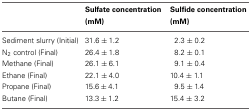
|  | Sulfate concentration (mM) | Sulfide concentration (mM) |
 | --- | --- | --- |
 | Sediment slurry (Initial) | 31.6 ± 1.2 | 2.3 ± 0.2 |
 | N2 control (Final) | 26.4 ± 1.8 | 8.2 ± 0.1 |
 | Methane (Final) | 26.1 ± 6.1 | 9.1 ± 0.4 |
 | Ethane (Final) | 22.1 ± 4.0 | 10.4 ± 1.1 |
 | Propane (Final) | 15.6 ± 4.1 | 9.5 ± 1.4 |
 | Butane (Final) | 13.3 ± 1.2 | 15.4 ± 3.2 |